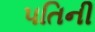
પતિની